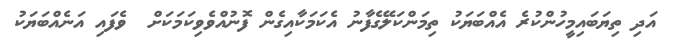
އަދި ތިޔަބައިމީހުންކުރެ އެއްބަޔަކު ތިމަންކަލޭގެފާނު އެކަމަކާއިގެން ފޮނުއްވެވިކަމަކަށް  ވެފައި އަނެއްބަޔަކު